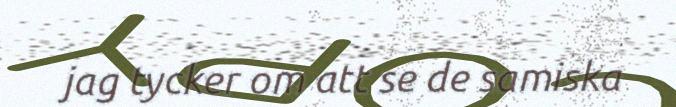
jag tycker om att se de samiska